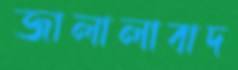
জালালাবাদ